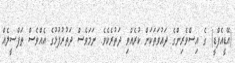
(އޭޑީއެފްޑީ) ގެ އިސްވެރިންގެ ދައުވަތަކަށް ކުރެއްވި ދަތުރެކެވެ. ނަމަވެސް ދަތުރުފުޅުގެ އެއްވެސް ތަފްސީލެއް